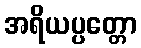
အရိယပ္ပတ္တော